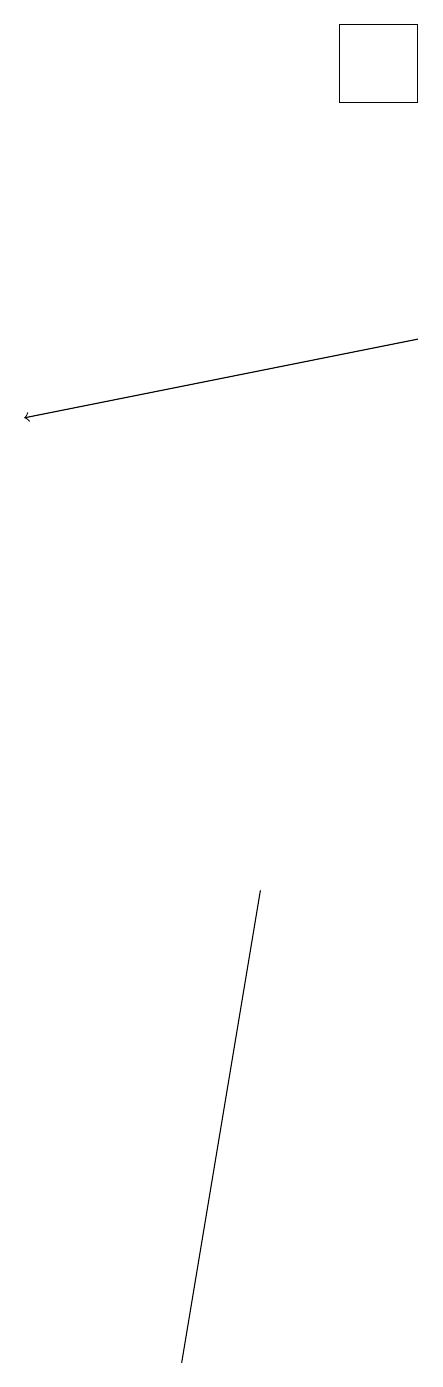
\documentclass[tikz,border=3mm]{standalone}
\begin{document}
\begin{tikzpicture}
\draw (7,18) rectangle (8,19);
\draw (6,8) -- (5,2) -- (6,8) -- cycle;
\draw[->] (8,15) -- (3,14);
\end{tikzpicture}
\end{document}